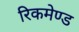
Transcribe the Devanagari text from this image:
रिकमेण्ड